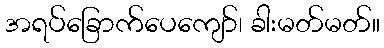
အရပ်ခြောက်ပေကျော်၊ ခါးမတ်မတ်။